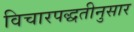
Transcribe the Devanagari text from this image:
विचारपद्धतीनुसार